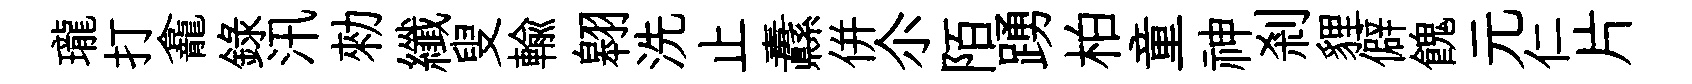
瓏打龕錄汛勑纖叟輸翱洗止纛併尒陌踴柏童神剎貍僻餽元仁片